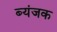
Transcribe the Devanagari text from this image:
ब्यंजक